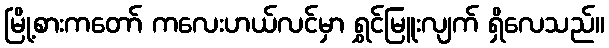
မြို့စားကတော် ကလေးဟယ်လင်မှာ ရွှင်မြူးလျက် ရှိလေသည်။